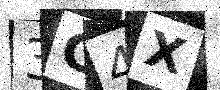
Text: 3G4X